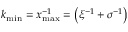
k _ { \mathrm { m i n } } = x _ { \mathrm { m a x } } ^ { - 1 } = \left( \xi ^ { - 1 } + \sigma ^ { - 1 } \right)